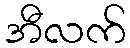
အီလက်